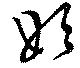
始